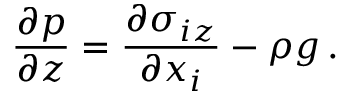
\frac { \partial p } { \partial z } = \frac { \partial \sigma _ { i z } } { \partial x _ { i } } - \rho g \, .